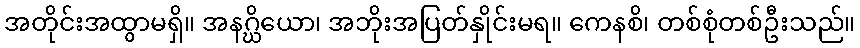
အတိုင်းအထွာမရှိ။ အနဂ္ဃိယော၊ အဘိုးအပြတ်နှိုင်းမရ။ ကေနစိ၊ တစ်စုံတစ်ဦးသည်။